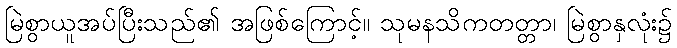
မြဲစွာယူအပ်ပြီးသည်၏ အဖြစ်ကြောင့်။ သုမနသိကတတ္တာ၊ မြဲစွာနှလုံး၌